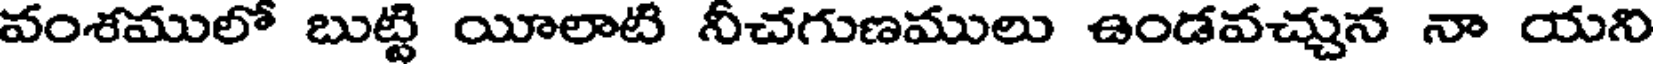
వంశములో బుట్టి యీలాటి నీచగుణములు ఉండవచ్చున నా యని